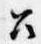
召